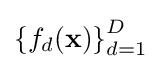
\left\{f_{d}({\textbf {x}})\right\}_{d=1}^{D}